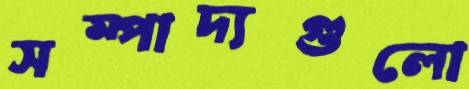
সম্পাদ্যগুলো